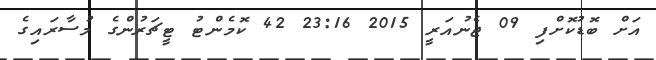
އަށް ބޮޑުކޮށްފި 09 ޖެނުއަރީ 2015 23:16 42 ކޮމެންޓު ޓީޗަރުންގެ މުސާރައިގެ